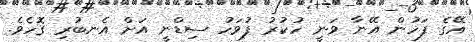
އޭގެ ފަހުން އޭނާ ވަނީ ހުކުރު ފުވަހު ސިޑްނީ އަށް އެނބުރި ގޮހެެވެ.